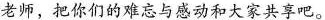
老师，把你们的难忘与感动和大家共享吧。